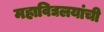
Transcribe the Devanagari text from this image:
महाविद्यलयांची